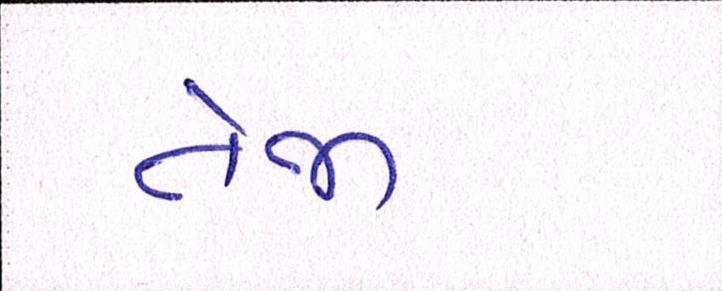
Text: તેજી